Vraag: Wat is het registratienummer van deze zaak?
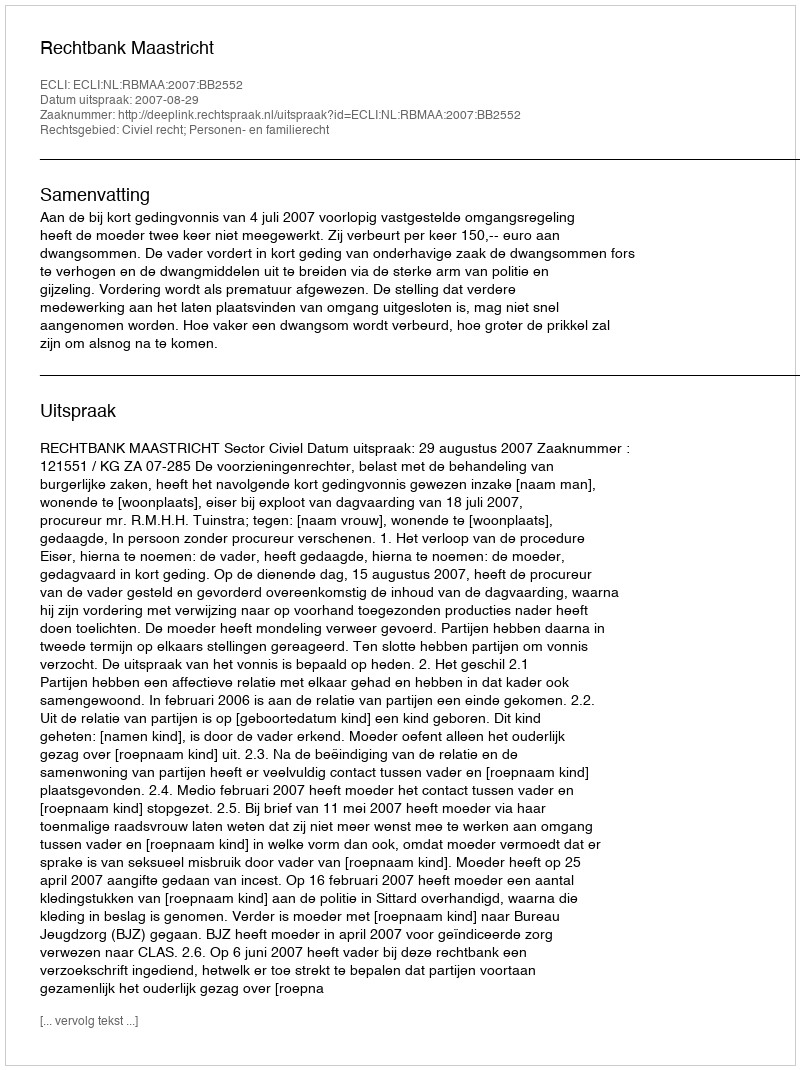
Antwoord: http://deeplink.rechtspraak.nl/uitspraak?id=ECLI:NL:RBMAA:2007:BB2552